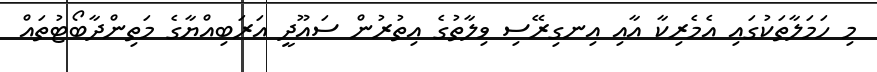
މި ހަމަލާތަކުގައި އެމެރިކާ އާއި އިނގިރޭސި ވިލާތުގެ އިތުރުން ސައޫދީ އަރަބިއްޔާގެ މަތިންދާބޯޓުތައް